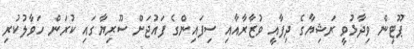
ޕޫޓިން ވިދާޅުވީ ރަޝިޔާގެ ދިފާއީ ވުޒާރާއާއި ސިފައިންގެ ފައުޖަށް ސޫރިޔާގައި ކުރަން ހަވާލުކުރި